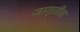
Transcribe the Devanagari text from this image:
जागृतीस